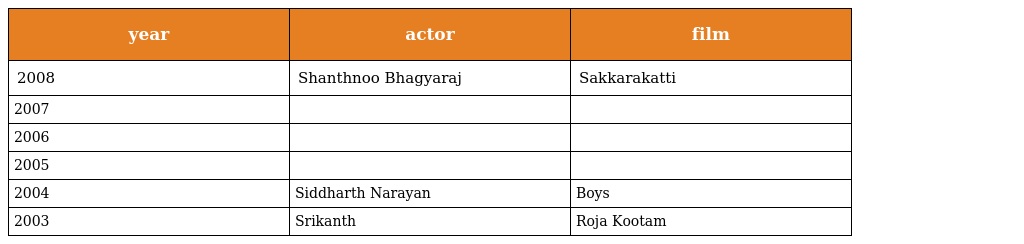
| year | actor | film |
 | --- | --- | --- |
 | 2008 | Shanthnoo Bhagyaraj | Sakkarakatti |
 | 2007 |  |  |
 | 2006 |  |  |
 | 2005 |  |  |
 | 2004 | Siddharth Narayan | Boys |
 | 2003 | Srikanth | Roja Kootam |